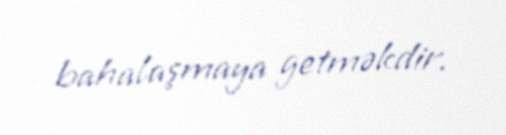
bahalaşmaya getməkdir.